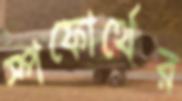
স্পফোর্থের